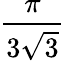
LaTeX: \frac{\pi}{3{\sqrt{3}}}